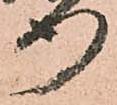
行